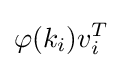
\varphi (k_{i})v_{i}^{T}